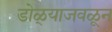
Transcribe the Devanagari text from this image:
डोळ्याजवळून